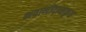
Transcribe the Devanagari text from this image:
भवानीदासकृत